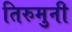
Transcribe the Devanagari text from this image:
तिरुमुनी